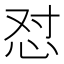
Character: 怼